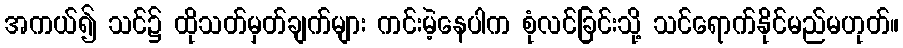
အကယ်၍ သင်၌ ထိုသတ်မှတ်ချက်များ ကင်းမဲ့နေပါက စုံလင်ခြင်းသို့ သင်ရောက်နိုင်မည်မဟုတ်။